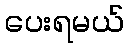
ပေးရမယ်